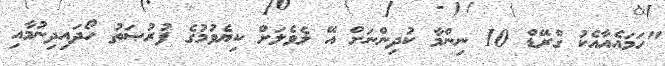
"ހަމައެއާއެކު ގްރޭޑް 10 ނިންމާ ކުދިންނަށް އޭ ލެވެލަށް ކިޔެވުމުގެ ފުރުޞަތު ހޯދައިދިނުމާއި